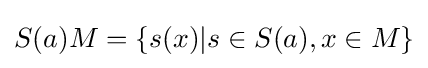
S(a)M=\{s(x)|s\in S(a),x\in M\}